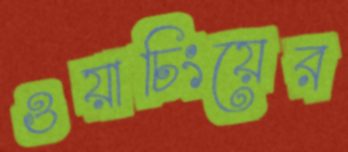
ওয়াচিংয়ের